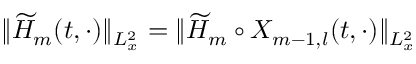
\| \widetilde { H } _ { m } ( t , \cdot ) \| _ { L _ { x } ^ { 2 } } = \| \widetilde { H } _ { m } \circ X _ { m - 1 , l } ( t , \cdot ) \| _ { L _ { x } ^ { 2 } }